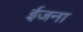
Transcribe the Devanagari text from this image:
ईजना